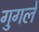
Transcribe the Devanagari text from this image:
गुगले